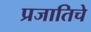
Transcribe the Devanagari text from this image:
प्रजातिचे